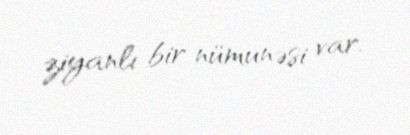
ziyanlı bir nümunəsi var.